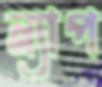
ন্যাপ